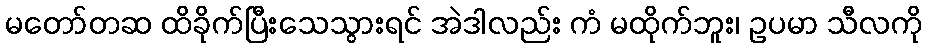
မတော်တဆ ထိခိုက်ပြီးသေသွားရင် အဲဒါလည်း ကံ မထိုက်ဘူး၊ ဥပမာ သီလကို